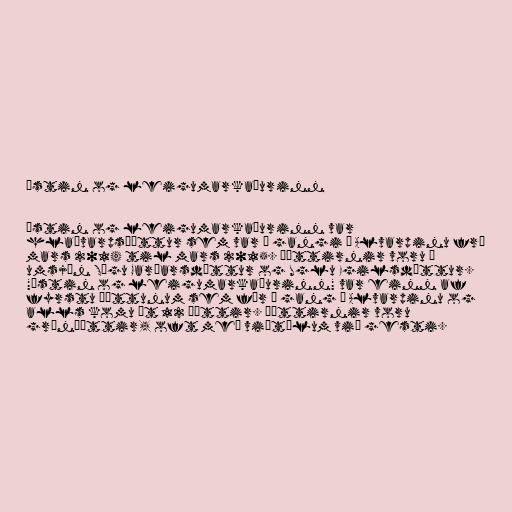
Ástin og leigumarkaðurinn

Ástin og leigumarkaðurinn var
hlaðvarpsþáttur sem var í gangi á Alvarpinu frá
mars 2014 til mars 2015. Þættirnir voru í
umsjón Sögu Garðarsdóttur og Uglu Egilsdóttur.
"Ástin og leigumarkaðurinn" var einn af
fyrstu þáttunum sem fór í gang á Alvarpinu og
alls komu út 12 þættir. Þættirnir voru
grínþættir, oft með viðtölum við gesti.